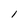
Character: l